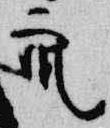
衆